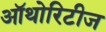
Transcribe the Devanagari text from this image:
ऑथोरिटीज